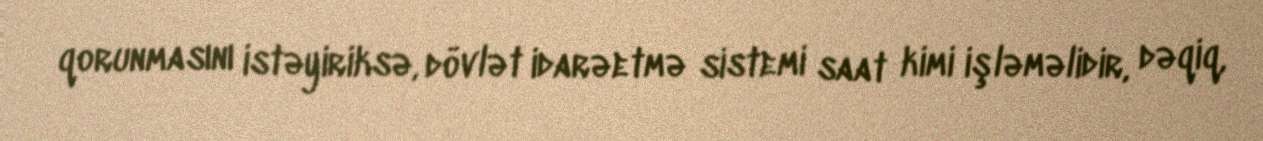
qorunmasını istəyiriksə, dövlət idarəetmə sistemi saat kimi işləməlidir, dəqiq,